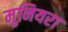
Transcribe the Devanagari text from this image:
मुनियरा